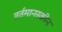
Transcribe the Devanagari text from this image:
वर्तमानस्क्रीन